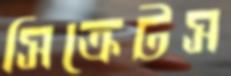
সিক্রেটস